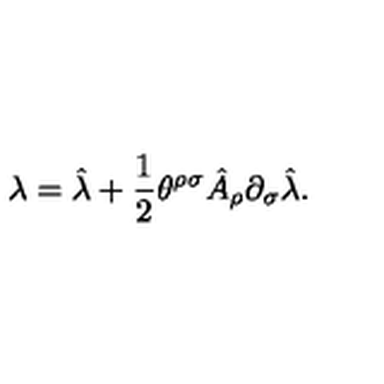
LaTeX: \lambda = \hat { \lambda } + \frac { 1 } { 2 } \theta ^ { \rho \sigma } \hat { A } _ { \rho } \partial _ { \sigma } \hat { \lambda } .